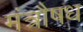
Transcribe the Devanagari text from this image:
मंत्रौषध